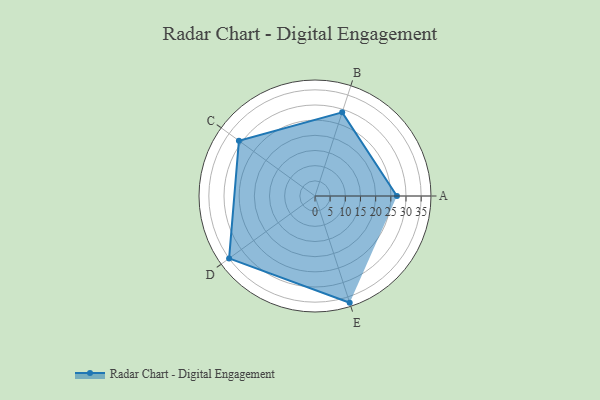
{"axis": {"x": "Skill", "y": "Score"}, "legend": ["Profile"], "data": [{"x": "A", "y": 27.0, "type": "Profile"}, {"x": "B", "y": 29.0, "type": "Profile"}, {"x": "C", "y": 31.0, "type": "Profile"}, {"x": "D", "y": 35.0, "type": "Profile"}, {"x": "E", "y": 37.0, "type": "Profile"}]}